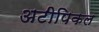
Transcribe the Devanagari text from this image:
अटीपिकल